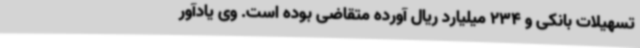
تسهیلات بانکی و 234 میلیارد ریال آورده متقاضی بوده است. وی یادآور